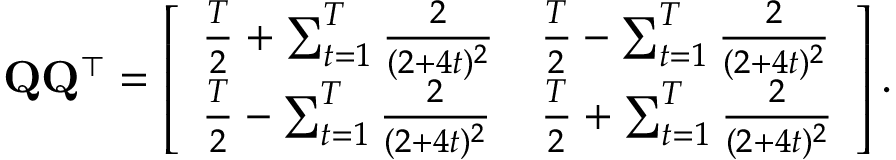
\mathbf { Q } \mathbf { Q } ^ { \top } = \left[ \begin{array} { l l } { \frac { T } { 2 } + \sum _ { t = 1 } ^ { T } \frac { 2 } { ( 2 + 4 t ) ^ { 2 } } } & { \frac { T } { 2 } - \sum _ { t = 1 } ^ { T } \frac { 2 } { ( 2 + 4 t ) ^ { 2 } } } \\ { \frac { T } { 2 } - \sum _ { t = 1 } ^ { T } \frac { 2 } { ( 2 + 4 t ) ^ { 2 } } } & { \frac { T } { 2 } + \sum _ { t = 1 } ^ { T } \frac { 2 } { ( 2 + 4 t ) ^ { 2 } } } \end{array} \right] .